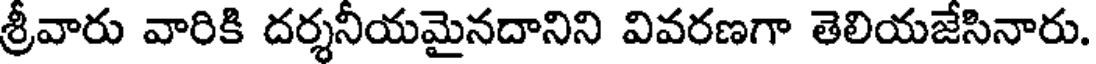
శ్రీవారు వారికి దర్శనీయమైనదానిని వివరణగా తెలియజేసినారు.